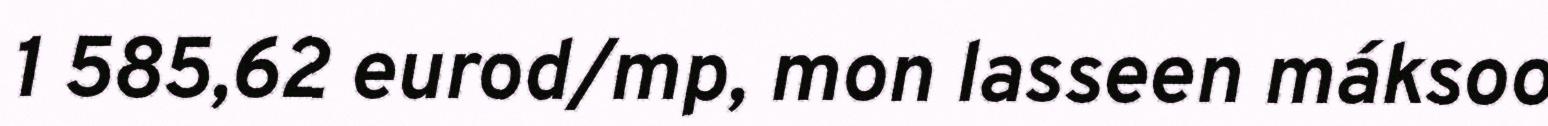
1 585,62 eurod/mp, mon lasseen máksoo